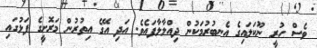
ވެސް ހުރީ ނޫކަލައިގެ އެނބުރުމަކުން ދިއްލާލާފައެވެ. އަދި އޭގެ އިތުރުން މަރޮށީގެ ފަޅުގައި